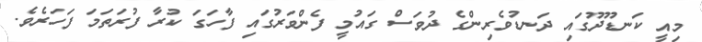
މިއީ ކަނޑޫދޫގައި ދަނޑުވެރިންގެ ދުވަސް ގައުމީ ފެންވަރުގައި ފާހަގަ ކުރާ ފުރަތަމަ ފަހަރެވެ.